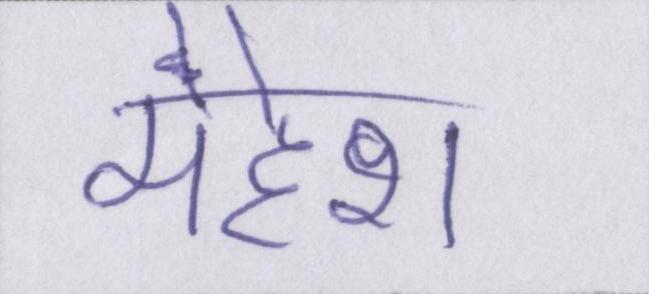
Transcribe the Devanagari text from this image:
महेश